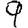
Digit: 9